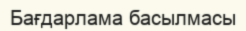
Бағдарлама басылмасы